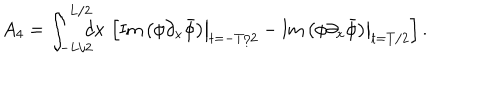
A _ { 4 } = \int _ { - L / 2 } ^ { L / 2 } \! \! \! \! d x \, \left[ \left. \mathrm { I m } \left( \phi \partial _ { x } \bar { \phi } \right) \right| _ { t = - T / 2 } - \left. \mathrm { I m } \left( \phi \partial _ { x } \bar { \phi } \right) \right| _ { t = T / 2 } \right] .